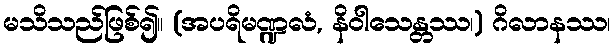
မသိသည်ဖြစ်၍။ (အပရိမဏ္ဍလံ, နိဝါသေန္တဿ၊) ဂိလာနဿ၊